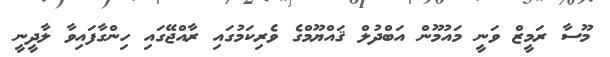
މޫސާ ރަމީޒް ވަނީ މައުމޫން އަބްދުލް ޤައްޔޫމްގެ ވެރިކަމުގައި ރާއްޖޭގައި ހިންގާފައިވާ ލާދީނީ